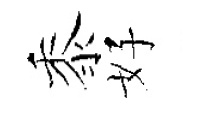
黍好